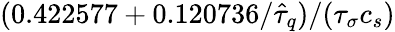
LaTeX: (0.422577+0.120736/\hat{\tau}_{q})/({\tau}_{\sigma}c_{s})